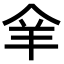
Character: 𦍐